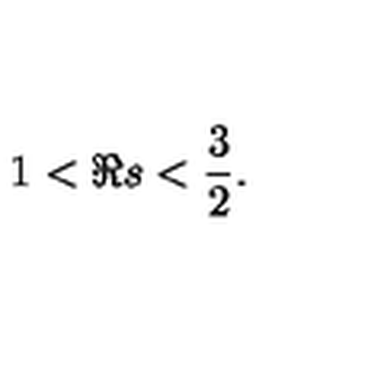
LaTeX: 1 < \Re s < \frac { 3 } { 2 } .